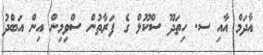
އާދަމް އާއި ސ. ހިތަދޫ ސްކޫލް ގެ ފަރާތުން ސްވިމިން އިން އަބްދު